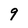
Character: 9